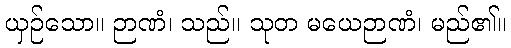
ယှဉ်သော။ ဉာဏံ၊ သည်။ သုတ မယေဉာဏံ၊ မည်၏။